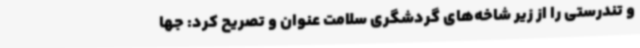
و تندرستی را از زیر شاخه‌های گردشگری سلامت عنوان و تصریح کرد: جها